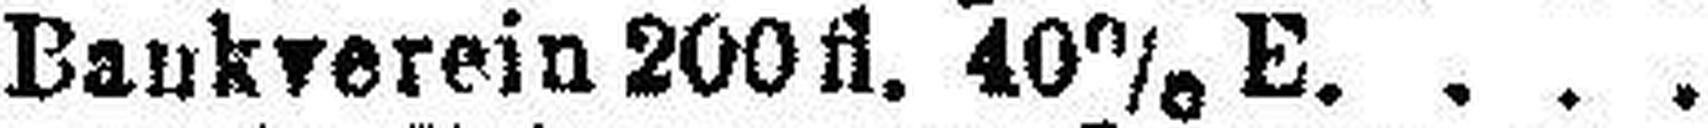
„ Baukverein 200 fl. 40% E.